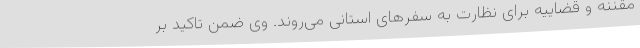
مقننه و قضاییه برای نظارت به سفرهای استانی می‌روند. وی ضمن تاکید بر